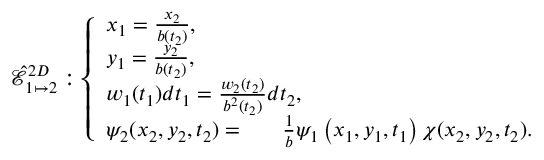
\hat { \mathcal { E } } _ { 1 \mapsto 2 } ^ { 2 D } : \left\{ \begin{array} { l l } { x _ { 1 } = \frac { x _ { 2 } } { b ( t _ { 2 } ) } , } \\ { y _ { 1 } = \frac { y _ { 2 } } { b ( t _ { 2 } ) } , } \\ { w _ { 1 } ( t _ { 1 } ) d t _ { 1 } = \frac { w _ { 2 } ( t _ { 2 } ) } { b ^ { 2 } ( t _ { 2 } ) } d t _ { 2 } , } \\ { \psi _ { 2 } ( x _ { 2 } , y _ { 2 } , t _ { 2 } ) = \ ~ ~ ~ ~ \frac { 1 } { b } \psi _ { 1 } \left( x _ { 1 } , y _ { 1 } , t _ { 1 } \right) \chi ( x _ { 2 } , y _ { 2 } , t _ { 2 } ) . } \end{array} \right.